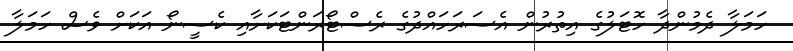
ހަމަލާ ދެމުންދާ ހޮޓަލުގެ އިތުރުން އެސަރަހައްދުގެ ރެސްޓޯރަންޓަކަށާއި ކެސީނޯ އަކަށް ވެސް ހަމަލާ